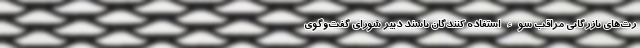
رت‌های بازرگانی مراقب سوء استفاده کنندگان باشند دبیر شورای گفت‌وگوی